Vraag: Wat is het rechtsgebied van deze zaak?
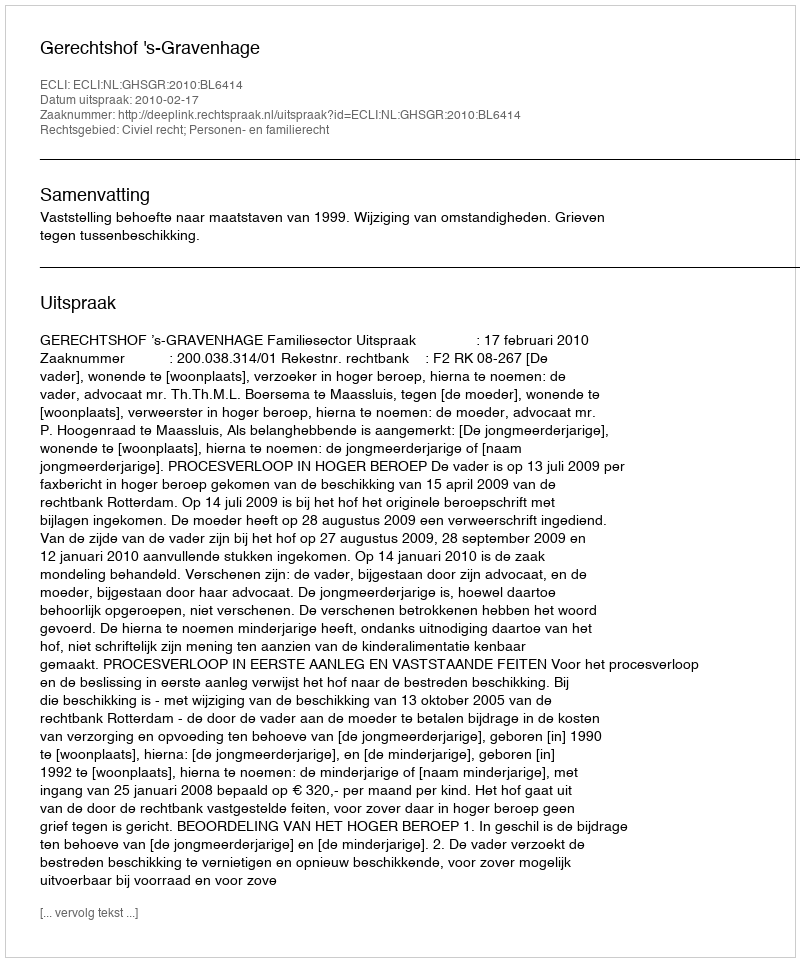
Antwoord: Civiel recht; Personen- en familierecht